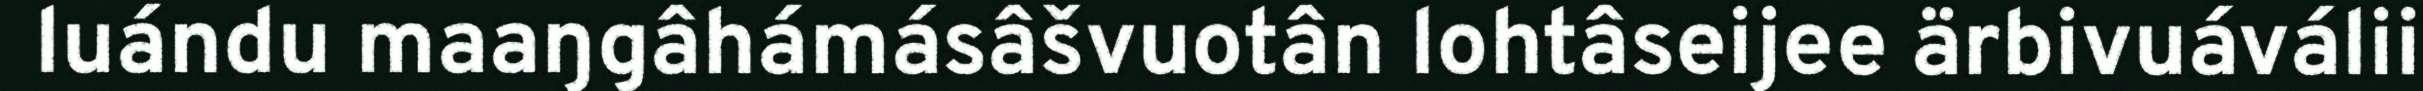
luándu maaŋgâhámásâšvuotân lohtâseijee ärbivuáválii